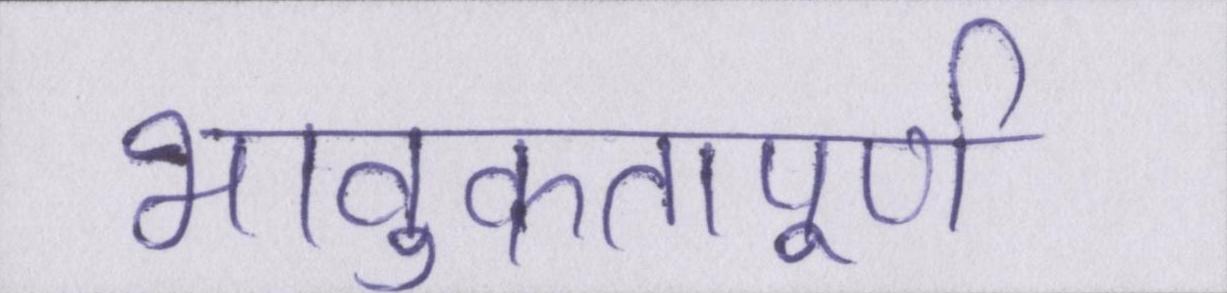
भावुकतापूर्ण